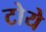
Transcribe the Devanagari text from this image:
टोये